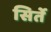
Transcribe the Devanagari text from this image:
सिर्ते